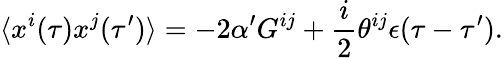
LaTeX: \langle x^{i}(\tau)x^{j}(\tau^{\prime})\rangle=-2\alpha^{\prime}G^{ij}+\frac{i}{2}\theta^{ij}\epsilon(\tau-\tau^{\prime}).